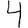
Digit: 4